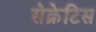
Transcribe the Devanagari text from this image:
सेक्रेटिस